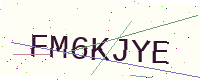
Text: FM6KJYE